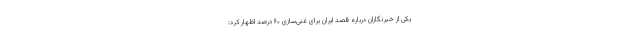
یکی از خبرنگاران درباره قصد ایران برای غنی‌سازی ۶۰ درصد اظهار کرد: